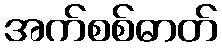
အက်စစ်ဓာတ်